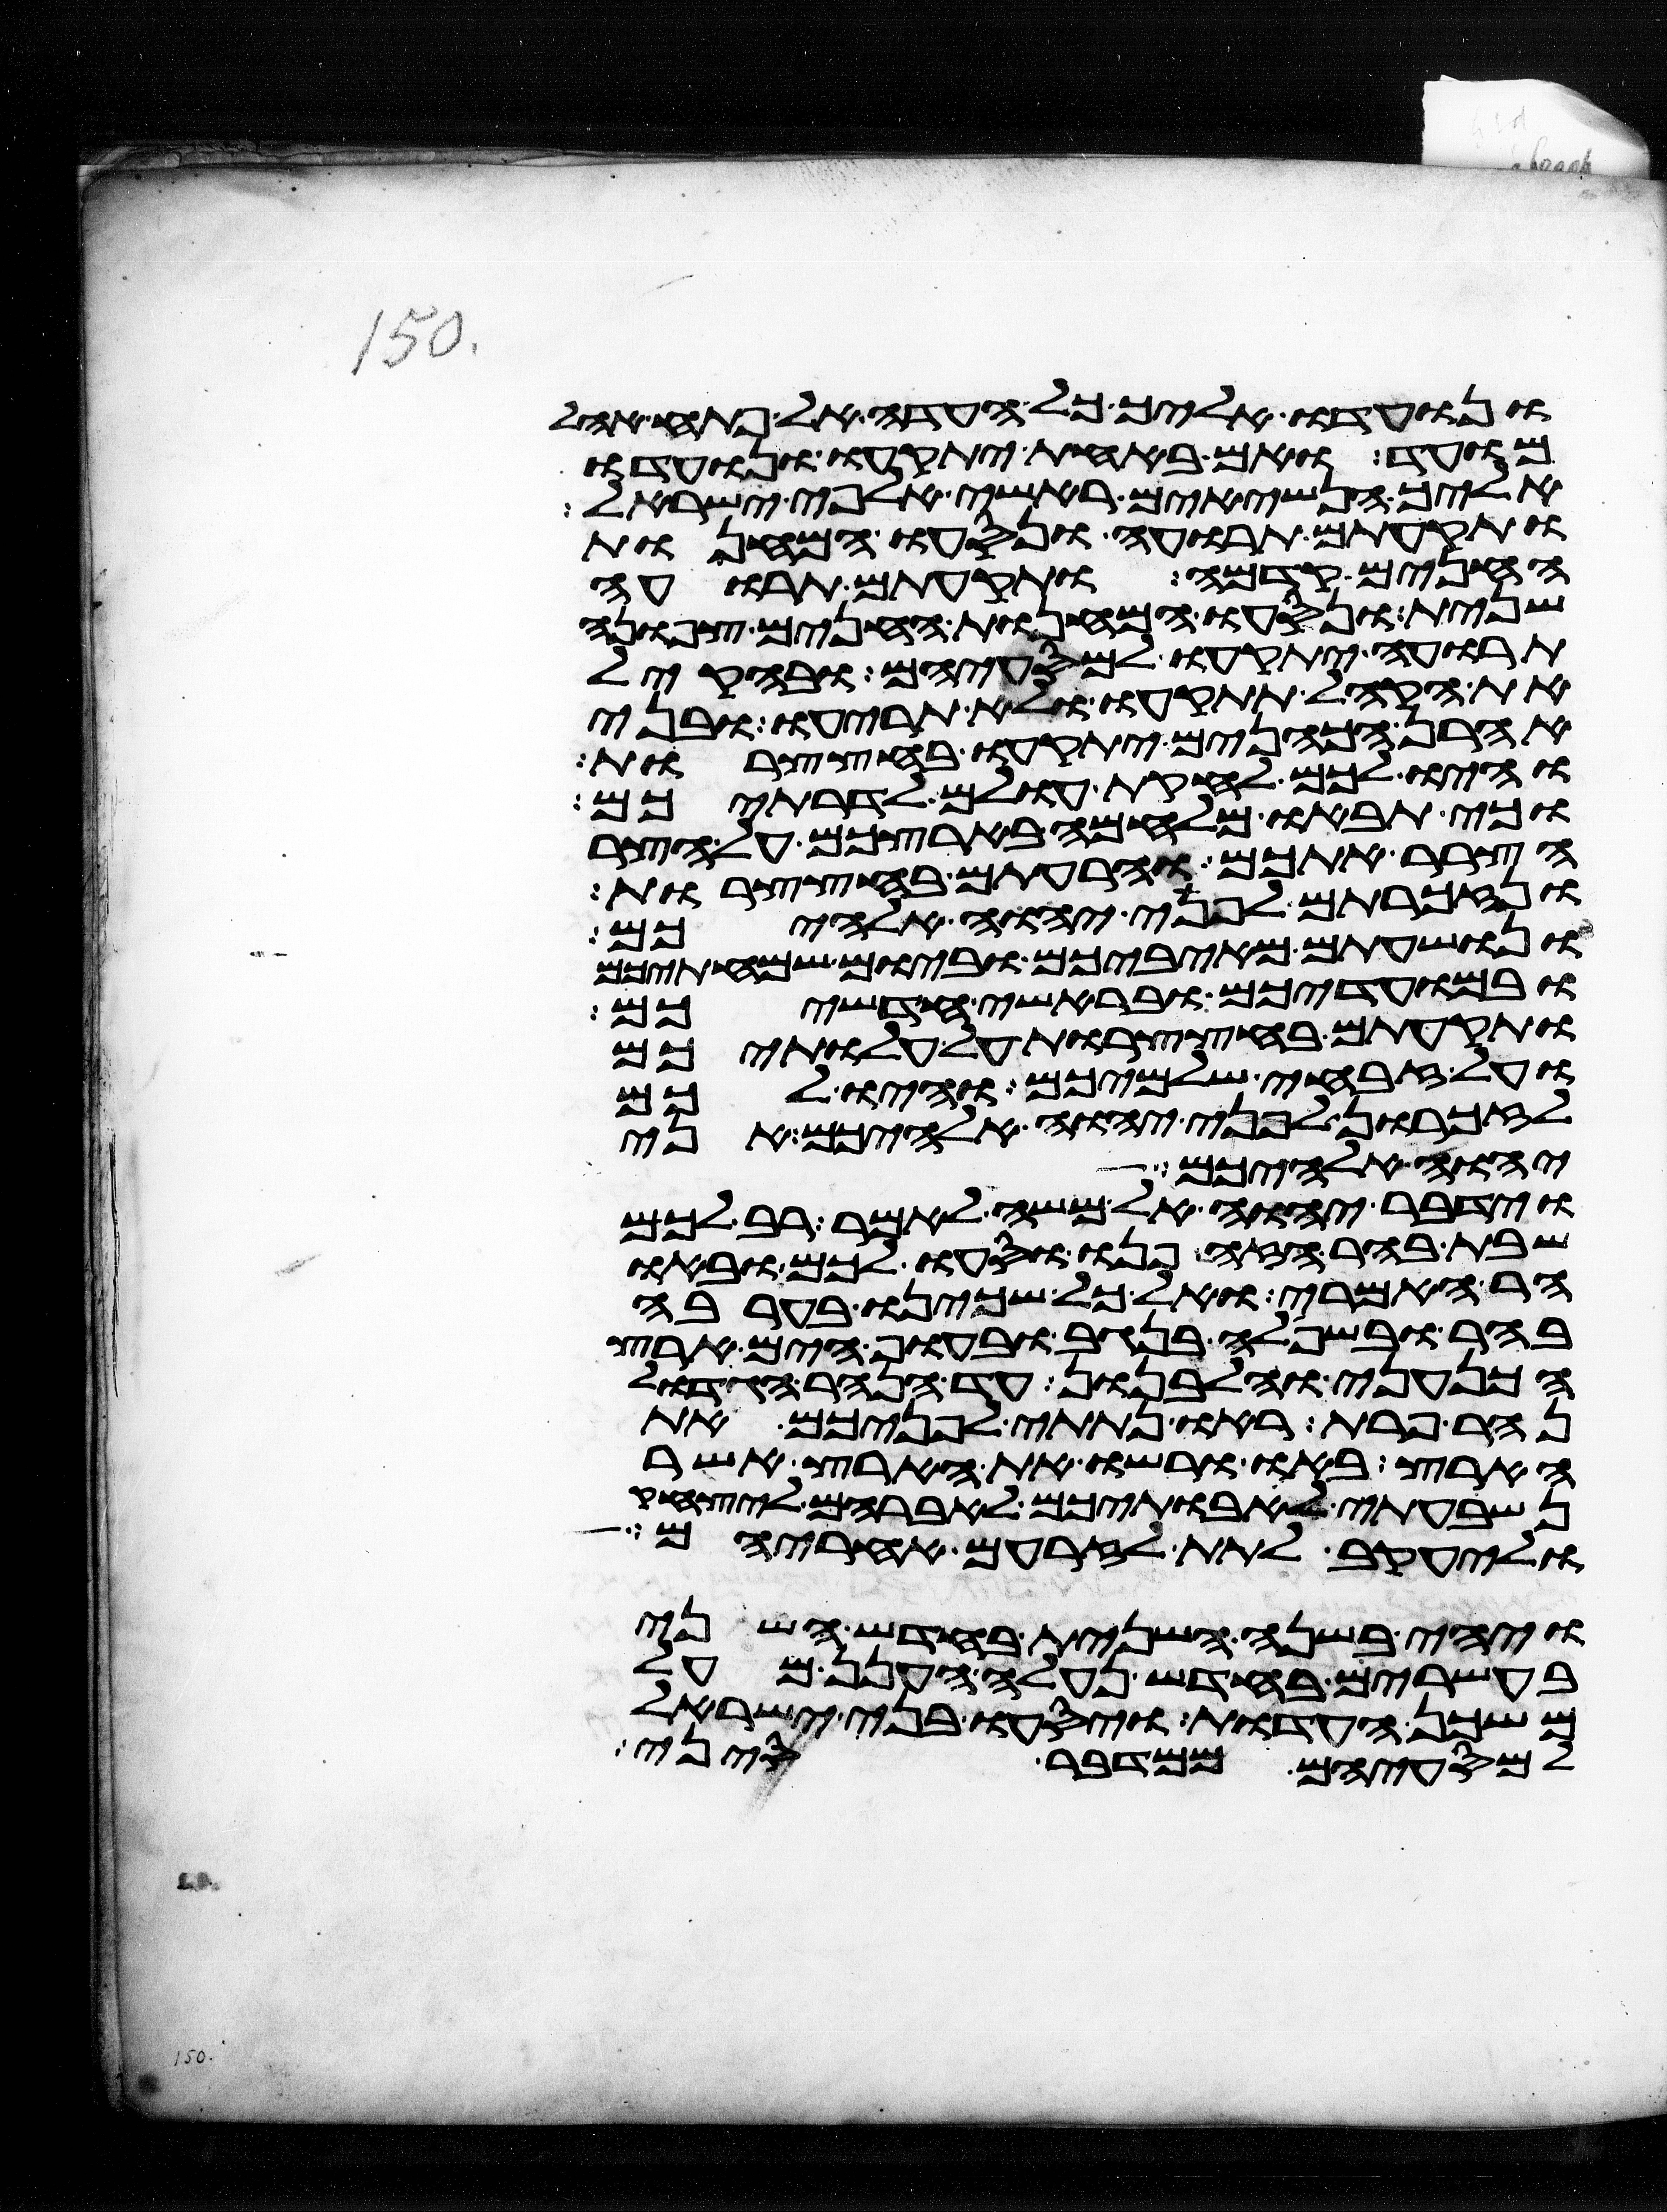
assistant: ונועדו אליך כל העדה אל פתח אהל
מועד ואם באחת יתקעו ונועדו
אליך הנשיאים ראשי אלפי ישראל
ותקעתם תרועה ונסעו המחנות
החנים קדמה ותקעתם תרועה
שנית ונסעו המחנות החנים צפונה
תרועה יתקעו למסעיהם ובהקהל
את הקהל תתקעו ולא תריעו ובני
אהרן הכהנים יתקעו בחצצרות
והיו לכם לחקות עולם לדרתיכם
וכי תבאו מלחמה בארצכם על הצר
הצרר אתכם והרעתם בחצצרות
ונזכרתם לפני יהוה אלהיכם
ונושעתם מאיביכם וביום שמחתיכם
ובמועדיכם ובראשי חדשיכם
ותקעתם בחצצרות על עלתיכם
ועל זבחי שלמיכם והיו לכם
לזכרון לפני יהוה אלהיכם אני
יהוה אלהיכם
וידבר יהוה אל משה לאמר רב לכם
שבת בהר הזה פנו וסעו לכם ובאו
הר האמרי ואל כל שכינו בערבה
בהר ובשפלה בנגב ובחוף הים ארץ
הכנעני והלבנון עד הנהר הגדול
נהר פרת ראו נתתי לפניכם את
הארץ באו ורשו את הארץ אשר
נשבעתי לאבתיכם לאברהם ליצחק
וליעקב לתת לזרעם אחריהם
ויהי בשנה השנית בחדש השני
בעשרים בחדש נעלה הענן מעל
משכן העדות ויסעו בני ישראל
למסעיהם ממדבר סיני